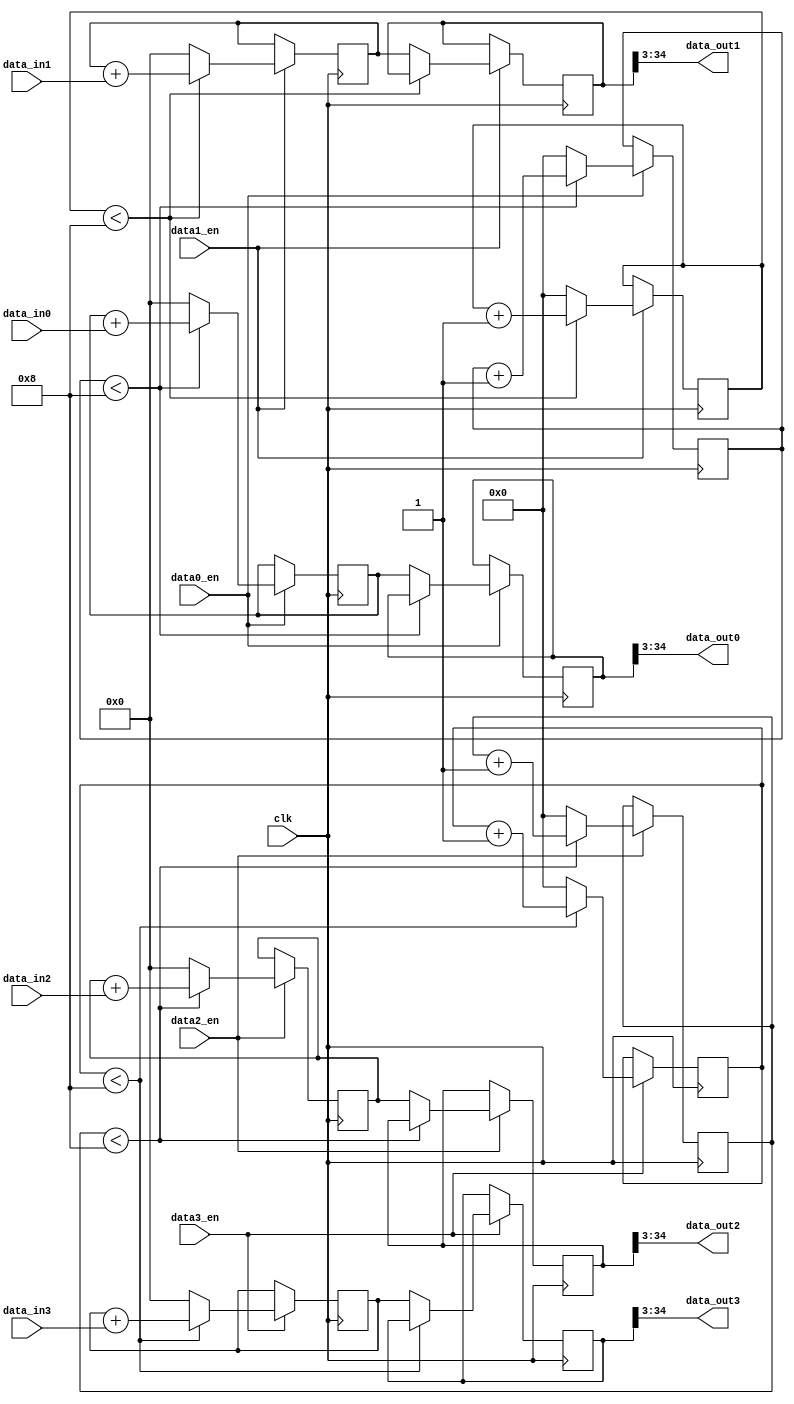
`timescale 1ns / 1ps
//////////////////////////////////////////////////////////////////////////////////
// Company: 
// Engineer: 
// 
// Design Name: 
// Module Name: average
// Project Name: 
// Target Devices: 
// Tool Versions: 
// Description: 
// 
// Dependencies: 
// 
// Revision:
// Revision 0.01 - File Created
// Additional Comments:
// 
//////////////////////////////////////////////////////////////////////////////////


module average#(
     parameter DATA0_W=32,
     parameter DATA1_W=32,
     parameter DATA2_W=32,
     parameter DATA3_W=32,
     parameter AVE_NUM=8,
     parameter AVE_W=3
             
)(
     input clk,
     input [DATA0_W-1:0]data_in0,
     input [DATA1_W-1:0]data_in1,
     input [DATA2_W-1:0]data_in2,
     input [DATA3_W-1:0]data_in3, 
     input data0_en,
     input data1_en,
     input data2_en,
     input data3_en,
     
     output [DATA0_W-1:0]data_out0,
     output [DATA1_W-1:0]data_out1,
     (* mark_debug="true" *)output [DATA2_W-1:0]data_out2,
     (* mark_debug="true" *)output [DATA3_W-1:0]data_out3 

    );
    
    
    reg [DATA0_W-1:0] data_delay0[AVE_NUM-1:0];
    reg [DATA0_W-1:0] data_delay1[AVE_NUM-1:0];
    reg [DATA0_W-1:0] data_delay2[AVE_NUM-1:0];
    reg [DATA0_W-1:0] data_delay3[AVE_NUM-1:0];
    
    reg [DATA0_W-1+AVE_W:0]data0_sum;
    reg [DATA0_W-1+AVE_W:0]data1_sum;
    reg [DATA0_W-1+AVE_W:0]data2_sum;
    reg [DATA0_W-1+AVE_W:0]data3_sum;
    
    reg [DATA0_W-1+AVE_W:0]data0_summation;
    reg [DATA0_W-1+AVE_W:0]data1_summation;
    reg [DATA0_W-1+AVE_W:0]data2_summation;
    reg [DATA0_W-1+AVE_W:0]data3_summation; 
    
    
    reg[AVE_W:0] cnt0;
    reg[AVE_W:0] cnt1;
    reg[AVE_W:0] cnt2;
    reg[AVE_W:0] cnt3;
    
    always@(posedge clk)
      begin
        if(data0_en)
          begin
            if(cnt0<AVE_NUM)
              begin
                data0_sum<=data0_sum+data_in0;
                cnt0=cnt0+1;
              end
            else
              begin
                data0_sum<=0;
                data0_summation<=data0_sum;
                cnt0<=0;
              end
          end       
        else
          begin
            data0_summation<=data0_summation;
          end
      end
    
    
    always@(posedge clk)
        begin
          if(data1_en)
            begin
              if(cnt1<AVE_NUM)
                begin
                  data1_sum<=data1_sum+data_in1;
                  cnt1=cnt1+1;
                end
              else
                begin
                  data1_sum<=0;
                  data1_summation<=data1_sum;
                  cnt1<=0;
                end
            end       
          else
            begin
              data1_summation<=data1_summation;
            end
        end
        
    always@(posedge clk)
          begin
            if(data2_en)
              begin
                if(cnt2<AVE_NUM)
                  begin
                    data2_sum<=data2_sum+data_in2;
                    cnt2=cnt2+1;
                  end
                else
                  begin
                    data2_sum<=0;
                    data2_summation<=data2_sum;
                    cnt2<=0;
                  end
              end       
            else
              begin
                data2_summation<=data2_summation;
              end
          end
          
    always@(posedge clk)
            begin
              if(data3_en)
                begin
                  if(cnt3<AVE_NUM)
                    begin
                      data3_sum<=data3_sum+data_in3;
                      cnt3=cnt3+1;
                    end
                  else
                    begin
                      data3_sum<=0;
                      data3_summation<=data3_sum;
                      cnt3<=0;
                    end
                end       
              else
                begin
                  data3_summation<=data3_summation;
                end
            end
//    always@(posedge clk)
//      begin
//      if(data0_en)
//        begin
//          data_delay0[0]<=data_in0;
//        end
//      end
      
      
//    genvar k;
//    generate
//    if(data0_en)
//      begin
//        for(k=1;k<AVE_NUM;k=k+1)begin:stages0
//          always@(posedge clk)
//            begin
//              data_delay0[k]<=data_delay0[k-1];
//            end
//        end
//      end          
//     endgenerate
        
//    genvar i;
//     generate
//     if(data1_en)
//       begin
//         for(i=1;i<AVE_NUM;i=i+1)begin:stages1
//           always@(posedge clk)
//             begin
//               data_delay1[i]<=data_delay1[i-1];
//             end
//         end
//       end          
//      endgenerate 
    
//    genvar m;
//       generate
//       if(data2_en)
//         begin
//           for(m=1;m<AVE_NUM;m=m+1)begin:stages2
//             always@(posedge clk)
//               begin
//                 data_delay2[m]<=data_delay2[m-1];
//               end
//           end
//         end          
//        endgenerate 
        
//    genvar n;
//         generate
//         if(data3_en)
//           begin
//             for(n=1;n<AVE_NUM;n=n+1)begin:stages3
//               always@(posedge clk)
//                 begin
//                   data_delay3[n]<=data_delay3[n-1];
//                 end
//             end
//           end          
//          endgenerate  

//    genvar a;
//    generate
//        for(a=0;a<AVE_NUM;a=a+1)begin:stages4
//          always@(posedge clk)
//            begin
//              data0_sum<=data0_sum+data_delay0[a];
//              if(a==AVE_NUM-1)
//                begin
//                  data0_summation<=data0_sum;
//                  a<=0;
//                end
//            end
//        end  
//    endgenerate
    
//    genvar b;
//    generate
//        for(b=0;b<AVE_NUM;b=b+1)begin:stages5
//          always@(posedge clk)
//            begin
//              data1_sum<=data1_sum+data_delay1[b];
//              if(b==AVE_NUM-1)
//                begin
//                  data1_summation<=data1_sum;
//                  b<=0;
//                end
//            end
//        end  
//    endgenerate
    
//    genvar c;
//    generate
//        for(c=0;c<AVE_NUM;c=c+1)begin:stages6
//          always@(posedge clk)
//            begin
//              data2_sum<=data2_sum+data_delay2[c];
//              if(c==AVE_NUM-1)
//                begin
//                  data2_summation<=data2_sum;
//                  c<=0;
//                end
//            end
//        end  
//    endgenerate
    
//    genvar d;
//    generate
//        for(d=0;d<AVE_NUM;d=d+1)begin:stages7
//          always@(posedge clk)
//            begin
//              data3_sum<=data3_sum+data_delay3[d];
//              if(d==AVE_NUM-1)
//                begin
//                  data3_summation<=data3_sum;
//                  d<=0;
//                end
//            end
//        end  
//    endgenerate
    
    
    assign data_out0=(data0_summation>>AVE_W);
    assign data_out1=(data1_summation>>AVE_W);
    assign data_out2=(data2_summation>>AVE_W);
    assign data_out3=(data3_summation>>AVE_W);
    
endmodule